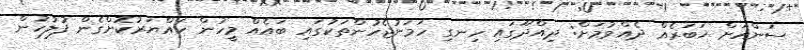
ސަންއަށް ޚަބަރެއް ދެއްވުމަށް: ދިއްދޫގައި ހިނގި ހަމަނުޖެހުންތަކުގައި ބައެއް މީހުން ހައްޔަރުކޮށްގެން ފުލުހުން